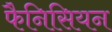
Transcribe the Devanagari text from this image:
फैनिसियन